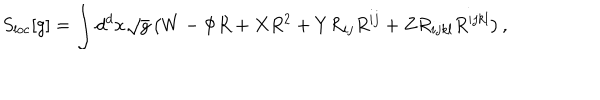
S _ { \mathrm { l o c } } [ g ] = \int d ^ { d } x \sqrt { g } \left( W - \Phi R + X R ^ { 2 } + Y R _ { i j } R ^ { i j } + Z R _ { i j k l } R ^ { i j k l } \right) ,